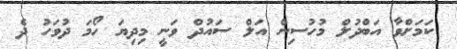
ކަމަށްވާ އަބްދުލް މުހުސިން އަލް ސައުދް ވަނީ މިދިޔަ ހޯމަ ދުވަހު ދެ